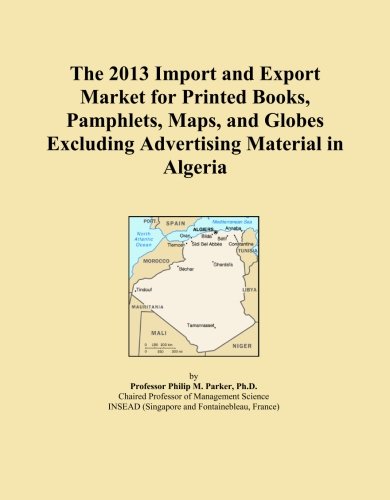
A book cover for The 2013 Import and Export Market for Printed Books, Pamphlets, Maps, and Globes Excluding Advertising Material in Algeria; Icon Group International; Travel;